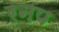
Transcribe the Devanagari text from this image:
रनप